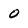
Character: o